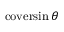
\operatorname { c o v e r s i n } \theta